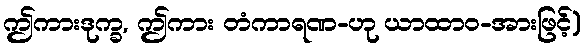
ဤကားဒုက္ခ, ဤကား တံကာရဏ-ဟု ယာထာဝ-အားဖြင့်)